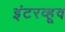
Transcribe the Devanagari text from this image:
इंटरव्हूव